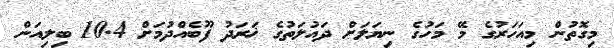
މިގޮތުން މިއަހަރުގެ މޭ މަހުގެ ނިޔަލަށް ދައުލަތުގެ ޚަރަދު ފޫބެއްދުމަށް 10.4 ބިލިއަން